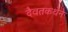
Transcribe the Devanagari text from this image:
दैवतकथेने